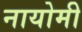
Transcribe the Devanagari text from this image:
नायोमी